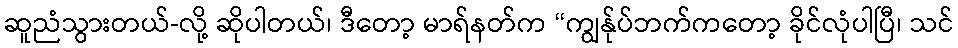
ဆူညံသွားတယ်-လို့ ဆိုပါတယ်၊ ဒီတော့ မာရ်နတ်က “ကျွန်ုပ်ဘက်ကတော့ ခိုင်လုံပါပြီ၊ သင်